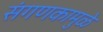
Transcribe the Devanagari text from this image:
संगणकामुळे